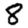
Digit: 8